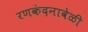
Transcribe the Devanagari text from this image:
रणकंदनावेळी